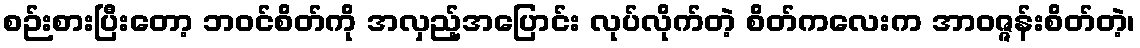
စဉ်းစားပြီးတော့ ဘဝင်စိတ်ကို အလှည့်အပြောင်း လုပ်လိုက်တဲ့ စိတ်ကလေးက အာဝဇ္ဇန်းစိတ်တဲ့၊